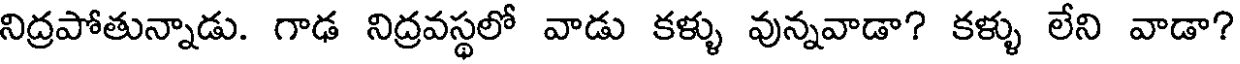
నిద్రపోతున్నాడు. గాఢ నిద్రవస్థలో వాడు కళ్ళు వున్నవాడా? కళ్ళు లేని వాడా?